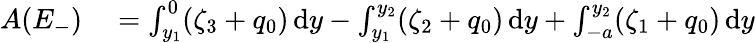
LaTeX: \begin{array}{rl}{A(E_{-})}&{{}=\int_{y_{1}}^{0}(\zeta_{3}+q_{0})\, \mathrm{d}y-\int_{y_{1}}^{y_{2}}(\zeta_{2}+q_{0})\, \mathrm{d}y+\int_{-a}^{y_{2}}(\zeta_{1}+q_{0})\, \mathrm{d}y}\end{array}